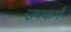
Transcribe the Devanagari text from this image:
उपकर्म